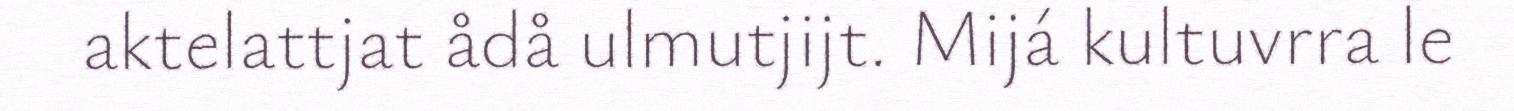
aktelattjat ådå ulmutjijt. Mijá kultuvrra le